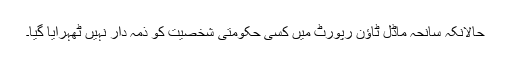
حالانکہ سانحہ ماڈل ٹاؤن رپورٹ میں کسی حکومتی شخصیت کو ذمہ دار نہیں ٹھہرایا گیا۔